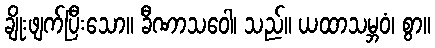
ချိုးဖျက်ပြီးသော။ ခီဏာသဝေါ၊ သည်။ ယထာသမ္ဘဝံ၊ စွာ။